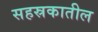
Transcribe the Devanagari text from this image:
सहस्रकातील